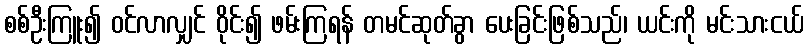
စစ်ဦးကြူး၍ ဝင်လာလျှင် ဝိုင်း၍ ဖမ်းကြရန် တမင်ဆုတ်ခွာ ပေးခြင်းဖြစ်သည်၊ ယင်းကို မင်းသားငယ်